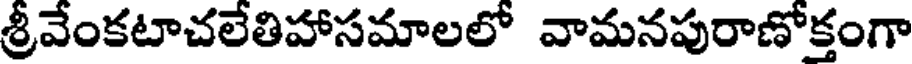
శ్రీవేంకటాచలేతిహాసమాలలో వామనపురాణోక్తంగా